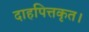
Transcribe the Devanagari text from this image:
दाहपित्तकृत।